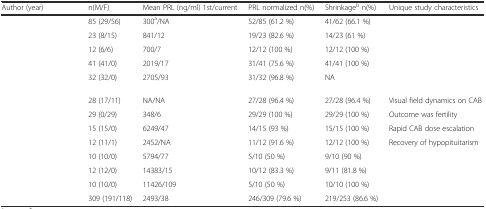
<table><thead><tr><td><b>Author (year)</b></td><td><b>n(M/F)</b></td><td><b>Mean PRL (ng/ml) 1st/current</b></td><td><b>PRL normalized n(%)</b></td><td><b>Shrinkage<sup>b</sup> n(%)</b></td><td><b>Unique study characteristics</b></td></tr></thead><tbody><tr><td>[EMPTY_CELL]</td><td>85 (29/56)</td><td>300<sup>a</sup>/NA</td><td>52/85 (61.2 %)</td><td>41/62 (66.1 %)</td><td>[EMPTY_CELL]</td></tr><tr><td>[EMPTY_CELL]</td><td>23 (8/15)</td><td>841/12</td><td>19/23 (82.6 %)</td><td>14/23 (61 %)</td><td>[EMPTY_CELL]</td></tr><tr><td>[EMPTY_CELL]</td><td>12 (6/6)</td><td>700/7</td><td>12/12 (100 %)</td><td>12/12 (100 %)</td><td>[EMPTY_CELL]</td></tr><tr><td>[EMPTY_CELL]</td><td>41 (41/0)</td><td>2019/17</td><td>31/41 (75.6 %)</td><td>41/41 (100 %)</td><td>[EMPTY_CELL]</td></tr><tr><td>[EMPTY_CELL]</td><td>32 (32/0)</td><td>2705/93</td><td>31/32 (96.8 %)</td><td>NA</td><td>[EMPTY_CELL]</td></tr><tr><td>[EMPTY_CELL]</td><td>28 (17/11)</td><td>NA/NA</td><td>27/28 (96.4 %)</td><td>27/28 (96.4 %)</td><td>Visual field dynamics on CAB</td></tr><tr><td>[EMPTY_CELL]</td><td>29 (0/29)</td><td>348/6</td><td>29/29 (100 %)</td><td>29/29 (100 %)</td><td>Outcome was fertility</td></tr><tr><td>[EMPTY_CELL]</td><td>15 (15/0)</td><td>6249/47</td><td>14/15 (93 %)</td><td>15/15 (100 %)</td><td>Rapid CAB dose escalation</td></tr><tr><td>[EMPTY_CELL]</td><td>12 (11/1)</td><td>2452/NA</td><td>11/12 (91.6 %)</td><td>12/12 (100 %)</td><td>Recovery of hypopituitarism</td></tr><tr><td>[EMPTY_CELL]</td><td>10 (10/0)</td><td>5794/77</td><td>5/10 (50 %)</td><td>9/10 (90 %)</td><td>[EMPTY_CELL]</td></tr><tr><td>[EMPTY_CELL]</td><td>12 (12/0)</td><td>14383/15</td><td>10/12 (83.3 %)</td><td>9/11 (81.8 %)</td><td>[EMPTY_CELL]</td></tr><tr><td>[EMPTY_CELL]</td><td>10 (10/0)</td><td>11426/109</td><td>5/10 (50 %)</td><td>10/10 (100 %)</td><td>[EMPTY_CELL]</td></tr><tr><td>[EMPTY_CELL]</td><td>309 (191/118)</td><td>2493/38</td><td>246/309 (79.6 %)</td><td>219/253 (86.6 %)</td><td>[EMPTY_CELL]</td></tr></tbody></table>